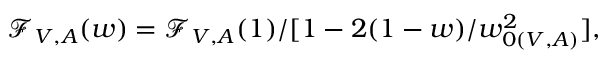
{ \mathcal F } _ { V , A } ( w ) = { \mathcal F } _ { V , A } ( 1 ) / [ 1 - 2 ( 1 - w ) / w _ { 0 ( V , A ) } ^ { 2 } ] ,